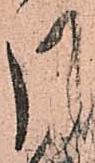
月